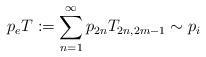
LaTeX: \begin{align*}p_{e}T:=\sum^{\infty}_{n=1}p_{2n}T_{2n,2m-1}\sim p_{i}\end{align*}